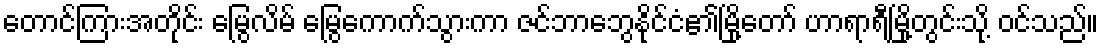
တောင်ကြားအတိုင်း မြွေလိမ် မြွေကောက်သွားကာ ဇင်ဘာဘွေနိုင်ငံ၏မြို့တော် ဟာရာရီမြို့တွင်းသို့ ဝင်သည်။